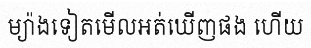
ម្យ៉ាងទៀតមើលអត់ឃើញផង ហើយ